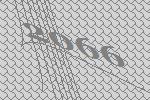
2066